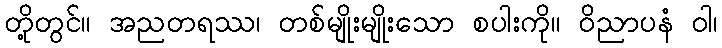
တို့တွင်။ အညတရဿ၊ တစ်မျိုးမျိုးသော စပါးကို။ ဝိညာပနံ ဝါ၊